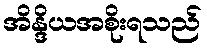
အိန္ဒိယအစိုးရသည်